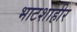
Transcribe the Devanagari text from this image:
भाटशाहीर